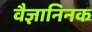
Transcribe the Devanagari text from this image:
वैज्ञानिनक